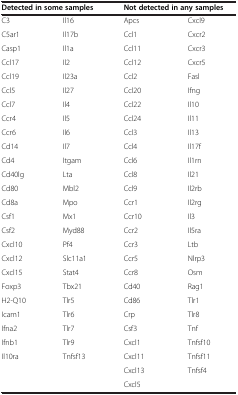
<table><thead><tr><td colspan="2"><b>Detected in some samples</b></td><td colspan="2"><b>Not detected in any samples</b></td></tr></thead><tbody><tr><td>C3</td><td>Il16</td><td>Apcs</td><td>Cxcl9</td></tr><tr><td>C5ar1</td><td>Il17b</td><td>Ccl1</td><td>Cxcr2</td></tr><tr><td>Casp1</td><td>Il1a</td><td>Ccl11</td><td>Cxcr3</td></tr><tr><td>Ccl17</td><td>Il2</td><td>Ccl12</td><td>Cxcr5</td></tr><tr><td>Ccl19</td><td>Il23a</td><td>Ccl2</td><td>Fasl</td></tr><tr><td>Ccl5</td><td>Il27</td><td>Ccl20</td><td>Ifng</td></tr><tr><td>Ccl7</td><td>Il4</td><td>Ccl22</td><td>Il10</td></tr><tr><td>Ccr4</td><td>Il5</td><td>Ccl24</td><td>Il11</td></tr><tr><td>Ccr6</td><td>Il6</td><td>Ccl3</td><td>Il13</td></tr><tr><td>Cd14</td><td>Il7</td><td>Ccl4</td><td>Il17f</td></tr><tr><td>Cd4</td><td>Itgam</td><td>Ccl6</td><td>Il1rn</td></tr><tr><td>Cd40lg</td><td>Lta</td><td>Ccl8</td><td>Il21</td></tr><tr><td>Cd80</td><td>Mbl2</td><td>Ccl9</td><td>Il2rb</td></tr><tr><td>Cd8a</td><td>Mpo</td><td>Ccr1</td><td>Il2rg</td></tr><tr><td>Csf1</td><td>Mx1</td><td>Ccr10</td><td>Il3</td></tr><tr><td>Csf2</td><td>Myd88</td><td>Ccr2</td><td>Il5ra</td></tr><tr><td>Cxcl10</td><td>Pf4</td><td>Ccr3</td><td>Ltb</td></tr><tr><td>Cxcl12</td><td>Slc11a1</td><td>Ccr5</td><td>Nlrp3</td></tr><tr><td>Cxcl15</td><td>Stat4</td><td>Ccr8</td><td>Osm</td></tr><tr><td>Foxp3</td><td>Tbx21</td><td>Cd40</td><td>Rag1</td></tr><tr><td>H2-Q10</td><td>Tlr5</td><td>Cd86</td><td>Tlr1</td></tr><tr><td>Icam1</td><td>Tlr6</td><td>Crp</td><td>Tlr8</td></tr><tr><td>Ifna2</td><td>Tlr7</td><td>Csf3</td><td>Tnf</td></tr><tr><td>Ifnb1</td><td>Tlr9</td><td>Cxcl1</td><td>Tnfsf10</td></tr><tr><td>Il10ra</td><td>Tnfsf13</td><td>Cxcl11</td><td>Tnfsf11</td></tr><tr><td></td><td></td><td>Cxcl13</td><td>Tnfsf4</td></tr><tr><td></td><td></td><td>Cxcl5</td><td></td></tr></tbody></table>